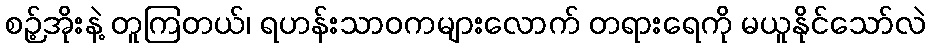
စဉ့်အိုးနဲ့ တူကြတယ်၊ ရဟန်းသာဝကများလောက် တရားရေကို မယူနိုင်သော်လဲ